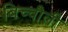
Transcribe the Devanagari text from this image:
बिच्चौली